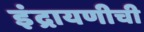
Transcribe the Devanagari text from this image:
इंद्रायणीची